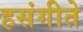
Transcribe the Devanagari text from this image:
हसंगीते